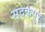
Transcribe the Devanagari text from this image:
सदकपुर